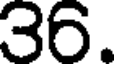
36.